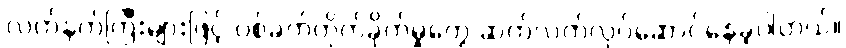
လက်နက်ကြီးများဖြင့် ပစ်ခတ်တိုက်ခိုက်မှုတွေ ဆက်လက်လုပ်ဆောင်နေခဲ့ပါတယ်။